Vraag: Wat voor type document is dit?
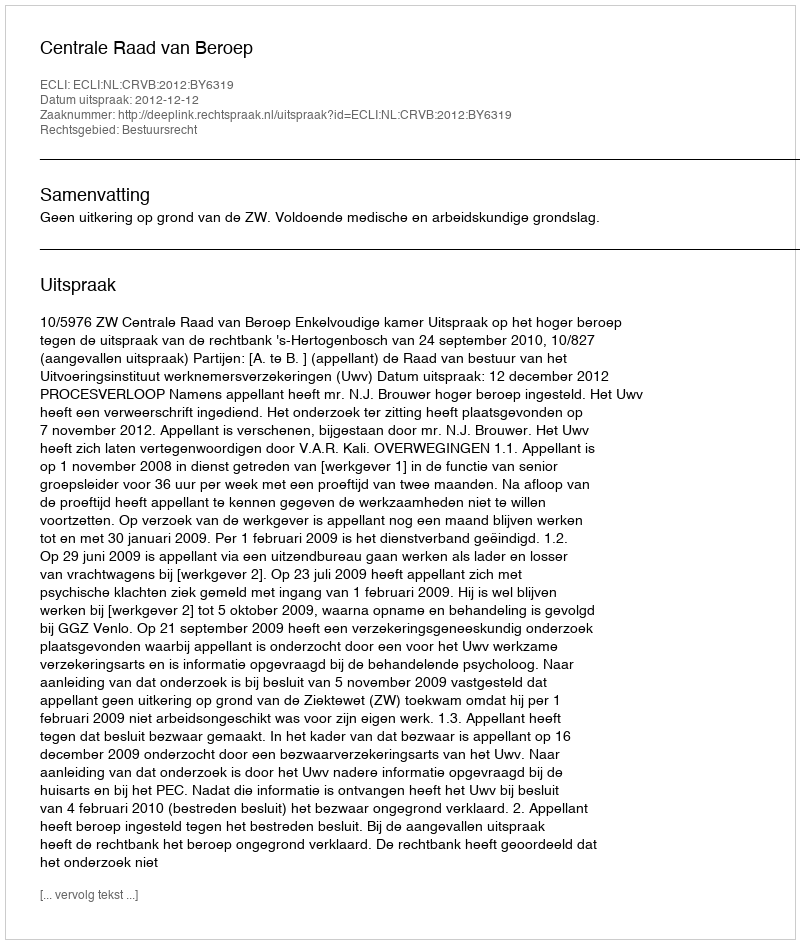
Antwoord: Uitspraak